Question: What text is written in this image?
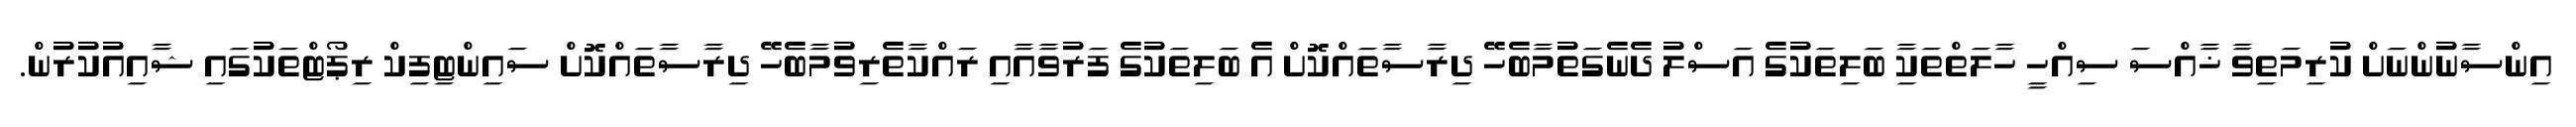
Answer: އިންސާނުންނަށް ކުރިމަތިވާ ޚާއްސަ ސިއްހީ ހާލަތްތަކާި ބަލިތަކުގެ އަސްލު ދެނެގަތުމާބެހޭ ދިރާސާތައްކޮށް އެ ބަލިތަކުގެ ފަރުވާއާއި ރައްކާތެރިވުމާބެހޭ ދިރާސާތައްކޮށް ސައިންޓިފިކް ރިޕޯޓްތަކުގައި ޝާއިއުކުރުން.